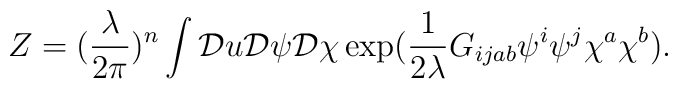
Z=(\frac{\lambda}{2\pi})^n \displaystyle\int {\cal D}u {\cal D}\psi {\cal D} \chi \exp (\frac{1}{2\lambda} G_{ijab}\psi^i\psi^j\chi^a\chi^b).